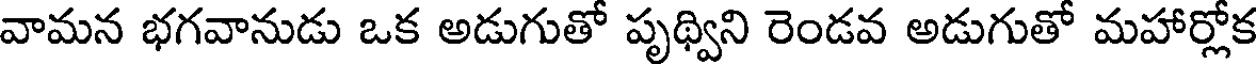
వామన భగవానుడు ఒక అడుగుతో పృథ్విని రెండవ అడుగుతో మహార్లోక